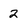
Character: 2